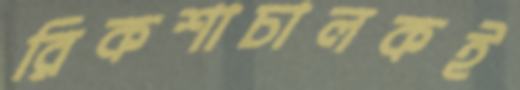
রিকশাচালকই